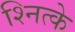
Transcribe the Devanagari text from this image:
श्नित्के